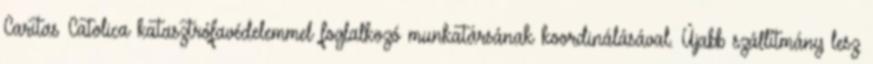
Caritas Catolica katasztrófavédelemmel foglalkozó munkatársának koordinálásával. Újabb szállítmány lesz